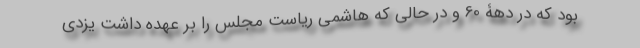
بود که در دهۀ 60 و در حالی که هاشمی ریاست مجلس را بر عهده داشت یزدی